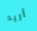
أريد